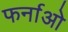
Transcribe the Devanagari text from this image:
फर्नाओ